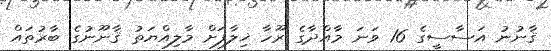
ޤާނުނު އަސާސީގެ 16 ވަނަ މާއްދާގެ ރޫހާ ޚިލާފަށް މާލިއްޔަތު ޤާނޫނުގެ ބާރުތައް